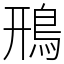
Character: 鳽